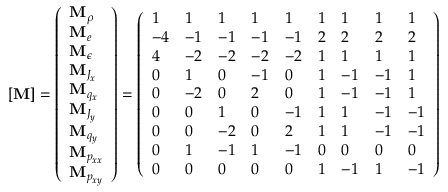
[ \mathbf { M } ] = \left( \begin{array} { l } { \mathbf { M } _ { \rho } } \\ { \mathbf { M } _ { e } } \\ { \mathbf { M } _ { \epsilon } } \\ { \mathbf { M } _ { J _ { x } } } \\ { \mathbf { M } _ { q _ { x } } } \\ { \mathbf { M } _ { J _ { y } } } \\ { \mathbf { M } _ { q _ { y } } } \\ { \mathbf { M } _ { p _ { x x } } } \\ { \mathbf { M } _ { p _ { x y } } } \end{array} \right) = \left( \begin{array} { l l l l l l l l l } { 1 } & { 1 } & { 1 } & { 1 } & { 1 } & { 1 } & { 1 } & { 1 } & { 1 } \\ { - 4 } & { - 1 } & { - 1 } & { - 1 } & { - 1 } & { 2 } & { 2 } & { 2 } & { 2 } \\ { 4 } & { - 2 } & { - 2 } & { - 2 } & { - 2 } & { 1 } & { 1 } & { 1 } & { 1 } \\ { 0 } & { 1 } & { 0 } & { - 1 } & { 0 } & { 1 } & { - 1 } & { - 1 } & { 1 } \\ { 0 } & { - 2 } & { 0 } & { 2 } & { 0 } & { 1 } & { - 1 } & { - 1 } & { 1 } \\ { 0 } & { 0 } & { 1 } & { 0 } & { - 1 } & { 1 } & { 1 } & { - 1 } & { - 1 } \\ { 0 } & { 0 } & { - 2 } & { 0 } & { 2 } & { 1 } & { 1 } & { - 1 } & { - 1 } \\ { 0 } & { 1 } & { - 1 } & { 1 } & { - 1 } & { 0 } & { 0 } & { 0 } & { 0 } \\ { 0 } & { 0 } & { 0 } & { 0 } & { 0 } & { 1 } & { - 1 } & { 1 } & { - 1 } \end{array} \right)